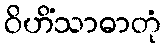
ဝိဟိံသာဓာတုံ